Sketch of the medical history of the native army of Bombay, for the year
Year: 1872
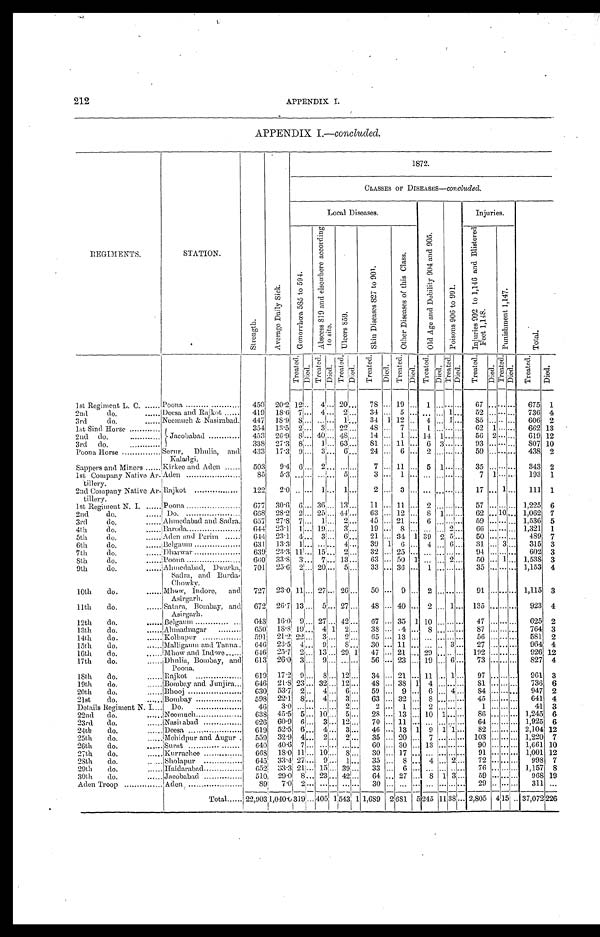
212
APPENDIX I.
APPENDIX I.— concluded.
R E G I M E N T S .
S T A T I O N .
S t r e n g t h .
A v e r a g e D a i l y S i c k .
G o 1 8 7 2 .
CLASSES OF DISEASES—concluded.
L o c a l D i s e a s e s .
O l d A g e a n d D e b i l i t y 9 0 4 a n d 9 0 5 .
P o i s o n s 9 0 6 t o 9 9 1 .
I n j u r i e s .
T o t a l .
G o n o r r h œ a 5 8 5 t o 5 9 4 .
A b s c e s s 8 1 9 a n d e l s o w h e r e a c c o r d i n g t o s i t e .
U l c e r s 8 5 9 .
S k i n D i s e a s e s 8 2 7 t o 9 0 1 .
O t h e r D i s e a s e s o f t h i s C l a s s .
I n j u r i e s 9 9 2 t o 1 , 1 4 6 a n d B l i s t o r e d F e e t 1 , 1 4 8 .
P u n i s h m e n t 1 , 1 4 7 .
T r e a t e d .
D i e d .
T r e a t e d .
D i e d .
T r e a t e d .
D i e d .
T r e a t e d .
D i e d .
T r e a t e d .
D i e d .
T r e a t e d .
D i e d .
T r e a t e d .
D i e d .
T r e a t e d .
D i e d .
T r e a t e d .
D i e d .
T r e a t e d .
1st Regiment L. C.
Poona
4 5 0
2 0 . 2
1 2 . . . 4 . . . 2 0 . . .
7 8
. . . 1 9 . . .
1 . . . . . .
. . . 6 7
. . . . . . . . .
6 7 5
1
2nd do.
Deesa and Rajkot
4 1 9
1 8 . 6
7 . . . 4 . . . 2 . . .
3 4
. . . 5 . . . . . . . . . 1 . . .
5 2
. . . . . . . . .
7 3 6
4
3rd do.
Neemuch & Nasirabad.
4 4 7
1 8 . 9
8 . . . . . . . . .
1 . . .
3 4
1 1 2 . . .
4 . . . 1 . . .
8 5
. . . . . . . . .
6 0 6
2
1st Sind Horse
Jacobabad
3 5 4
1 3 . 5
2 . . . 3 . . . 2 2 . . .
4 8
. . . 7 . . .
1 . . . . . . . . . 6 2
1 . . . . . .
6 6 2
1 3
2nd do.
4 5 3
2 6 . 9
8 . . . 4 0 . . . 4 8 . . .
1 4
. . .
1 . . . 1 4 1 . . . . . .
5 6
2 . . . . . .
6 1 9
1 2
3 r d d o .
3 3 8
2 7 . 3
8 . . . 1 . . . 6 3 . . .
8 1
. . . 1 1 . . .
6 3 . . . . . .
9 3
. . . . . . . . .
8 0 7
1 0
Poona Horse
S e r u r , D h u l i a , a n d K a l a d g i .
4 3 3
1 7 . 3
9 . . . 3 . . . 6 . . .
2 4 . . .
6 . . .
2 . . . . . . . . .
5 9
. . . . . . . . .
4 3 8
2
Sappers and Miners
Kirkee and Aden
5 0 3
9 . 4
6 . . . 2 . . . . . . . . .
7 . . . 1 1 . . .
5 1 . . . . . .
3 5
. . . . . . . . .
3 4 3
2
1st Company Native Ar
-tillery.
Aden
8 5
5 . 3
. . . . . . . . . . . . 5 . . .
3 . . .
1 . . . . . . . . . . . . . . . 7
1 . . . . . .
1 9 3
1
2nd Company Native Ar-
tillery.
Rajkot
1 2 2
2 . 0
. . . . . . 1 . . . 1 . . .
2 . . .
3 . . . . . . . . . . . . . . . 1 7
. . . 1 . . .
1 1 1
1
1st Regiment N. I.
Poona
6 7 7
3 0 . 6
6 . . . 3 6 . . . 1 3 . . .
1 1 . . . 1 1 . . .
2 . . . . . . . . . 5 7
. . . . . . . . . 1 , 2 2 5
6
2nd do.
Do.
6 6 8
2 8 . 2
2 . . . 2 5 . . . 4 4 . . .
6 3 . . . 1 2 . . .
8 1 . . . . . .
6 2
. . . . 1 0 . . . 1 , 0 6 2
7
3rd do.
Ahmedabad and Sadra.
6 5 7
2 7 . 8
7 . . . 1 . . . 2 . . .
4 5 . . . 2 1 . . .
6 . . . . . . . . .
5 9 . . . . . . . . . 1 , 5 3 6
5
4th do.
Baroda
6 4 4
2 3 . 1
1 . . . 1 9 . . . 3 . . .
1 9 . . .
8 . . . . . . . . . 2 . . .
6 6 . . . . . . . . . 1 , 3 2 1
1
5th do.
Aden and Perim
6 4 4
2 3 . 1
4 . . . 3 . . . 6 . . .
2 1 . . . 3 4
1 3 9 2 5 . . .
5 0 . . . . . . . . .
4 8 9
7
6th do.
Belgaum
6 3 1
1 3 . 3
1 . . . . . . . . . 4 . . .
3 9
1 6 . . .
4 . . . 6 . . .
3 1 . . . 3 . . .
3 1 5
3
7th do.
Dharwar
6 3 9
2 3 . 3
1 1 . . . 1 5 . . . 2 . . .
3 2 . . . 2 5 . . . . . . . . . . . . . . .
9 4 . . . . . . . . .
6 0 2
3
8th do.
P o o n a
6 6 0
3 3 . 8
3 . . . 7 . . . 1 3 . . .
6 3 . . . 5 0
1 . . . . . . 2 . . .
5 0 . . . 1 . . .
1 , 5 3 8
3
9th do.
A h m e d a b a d , D w a r k a , S a d r a , a n d B u r d a - C h o w k y .
7 0 1
2 5 . 6
2
. . . 2 0
. . .
5 . . .
3 3 . . . 3 6 . . .
1
. . .
. . .
. . .
3 5 . . .
. . .
. . .
1 , 1 5 3
4
10th do.
Mhow, I ndor e, and As i r gar h.
7 2 7
2 3 . 0
1 1 . . . 2 7 . . . 2 6 . . .
5 0 . . .
9 . . .
2 . . . . . . . . . 9 1
. . . . . . . . .
1 , 1 1 5
11th do.
Satara, Bombay, and
Asirgarh.
6 7 2
2 6 . 7
1 3 . . . 5 . . . 2 7 . . .
4 8 . . . 4 0 . . .
2 . . . 1 . . .
1 3 5
. . . . . . . . .
9 2 3
12th do.
Belgaum
6 4 8
1 6 . 0
9 . . . 2 7 . . . 4 2 . . .
6 7 . . . 3 5
1 1 0 . . . . . . . . . 4 7
. . . . . . . . .
6 2 5
13th do.
Ahmadnagar
6 5 0
1 8 . 8
1 9 . . .
4 1 2 . . .
3 8 . . . 4 . . .
8 . . . . . . . . . 8 7
. . . . . . . . .
7 6 4
14th do.
Kolhapur
5 9 1
1 8 . 8
1 9 . . .
3
2 . . .
6 5 . . . 1 3 . . . . . . . . . . . . . . .
5 6 . . . . . . . . .
5 8 1
15th do.
M a l l i g a u m a n d T a n n a .
6 4 6
2 3 . 5
4 . . .
9 . . .
8 . . .
3 0 . . . 1 1 . . . . . . . . . 3 . . . 2 7
. . . . . . . . .
9 6 4
16th do.
M h o w a n d I n d o r e .
6 4 6
2 5 . 7
2 . . . 1 3 . . . 2 9 1
4 7 . . . 2 1 . . . 2 9 . . . . . . . . . 1 9 2
. . . . . . . . .
9 2 6
1 2
17th do.
Dhulia, Bombay, and
Poona.
6 1 3
2 6 . 0
3 . . . 9 . . . . . . . . .
5 6 . . . 2 3 . . . 1 9 . . .
6 . . .
7 3
. . . . . . . . .
8 2 7
18th do.
Rajkot
6 1 9
1 7 . 2 9 . . . 8 . . . 1 2 . . .
3 4 . . . 2 1 . . . 1 1 . . . 1 . . . 9 7
. . . . . . . . .
9 6 1
19th do.
Bombay and Junjira
6 4 6
2 1 . 8
2 3 . . . 3 2 . . . 1 2 . . .
4 8 . . . 3 8
1 4 . . . . . . . . .
8 1 . . . . . . . . .
7 3 6
20th
do.
Bhooj
6 3 0
5 3 . 7 2 . . .
4 . . . 6 . . .
5 9 . . .
9 . . .
6 . . . 4 . . .
8 4 . . . . . . . . .
9 4 7
21st
do.
Bombay
5 9 8
2 2 . 1 8 . . . 4 . . . 3 . . .
6 3 . . . 3 2 . . .
8 . . . . . . . . .
4 5 . . . . . . . . .
6 4 1
Details Regiment N. I.
Do.
4 6
3 . 0
. . . . . . . . . . . . 2 . . . 2
. . . 1
. . . 2
. . . . . . . . .
1 . . . . . . . . .
4 1
22nd do.
Neemuch
6 3 8
4 5 . 5 5 . . . 1 0 . . . 5 . . .
2 8 . . . 1 3 . . . 1 0 1 . . . . . .
8 6 . . . . . . . . .
1 , 2 4 5
23rd do.
Nasirabad
6 2 6
6 . 9
6 . . . 3 . . . 1 2 . . .
7 0 . . . 1 1 . . . . . . . . . . . . . . . 6 4
. . . . . . . . . 1 , 9 2 5
24th do.
Deesa
6 1 9
5 2 . 5 6 . . . 4 . . .
3 . . .
4 6 . . . 1 3
1 9 1 1 . . .
8 2 . . . . . . . . .
2 , 1 0 4
1 2
25th do.
Mehidpur and Augur
5 5 9
3 2 . 9 4 . . . 2 . . . 2 . . .
3 5 . . . 2 0 . . .
7 . . . . . . . . . 1 0 3
. . . . . . . . . 1 , 2 2 0
26th do.
S u r a t
6 4 0
4 0 . 6
7 . . . . . . . . . . . . . . .
6 0 . . . 3 0 . . . 1 3 . . . . . . . . .
9 0 . . . . . . . . .
1 , 6 6 1
1 0
27th
do.
Kurrachee
6 6 8
1 8 . 0 1 1 . . . 1 0 . . . 8 . . .
3 0 . . . 1 7 . . . . . . . . . . . . . . .
9 1 . . . . . . . . .
1 , 0 0 1
1 2
28th
do.
Sholapur
6 4 5
3 3 . 4
2 7 . . . 9 . . . 1 . . .
3 5 . . .
8 . . .
4 . . . 2 . . .
7 2 . . . . . . . . .
9 9 8
29th do.
Haidarabad
6 5 2
3 3 . 3 2 1 . . . 1 5 . . . 3 9 . . .
3 3 . . .
6 . . . . . . . . . . . . . . .
7 6 . . . . . . . . .
1 , 1 5 7
30th
do.
Jacobabad
5 1 0
2 9 . 0 8 . . . 2 3 . . . 4 2 . . .
6 4 . . . 2 7 . . .
8 1 3 . . .
5 9 . . . . . . . . .
9 6 8
1 9
Aden Troop
Aden
8 9
7 . 0
2 . . . . . . . . . . . . . . . 3 0
. . . . . .
. . . . . .
. . . . . . . . . 2 9
. . . . . . . . . 3 1 1
. . .
Total
2 2 , 9 0 3
1 , 0 4 0 . 0
3 1 9
. . .
4 0 5 1 5 4 3
1 1 , 6 8 9
2 6 8 1
5 2 4 5
1 1 3 8 . . . 2 , 7 8 0 5
4 1 5 . . .
3 7 , 0 7 2
2 2 6